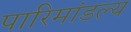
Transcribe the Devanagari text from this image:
पारिमांडल्य